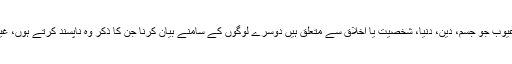
لوگوں کے وہ عیوب جو جسم، دین، دنیا، شخصیت یا اخلاق سے متعلق ہیں دوسرے لوگوں کے سامنے بیان کرنا جن کا ذکر وہ ناپسند کرتے ہوں، غیبت کہلاتی ہے۔